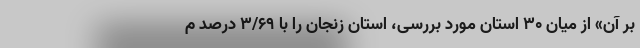
بر آن» از میان ۳۰ استان مورد بررسی، استان زنجان را با ۳/۶۹ درصد م